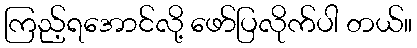
ကြည့်ရအောင်လို့ ဖော်ပြလိုက်ပါ တယ်။